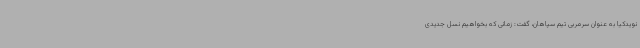
نویدکیا به عنوان سرمربی تیم سپاهان، گفت: زمانی که بخواهیم نسل جدیدی